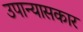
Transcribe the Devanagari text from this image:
उपान्यासकार